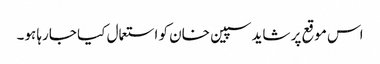
اس موقع پر شاید سپین خان کو استعمال کیا جارہا ہو۔